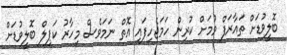
ބޮލީވުޑަށް ތައާރަފް ވުމަށް ކުރިން ހަމަޖެހިފައި އޮތް ނަމަވެސް މިހާރު ކަޕިލް ބޮލީވުޑަށް